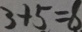
3 + 5 = 8